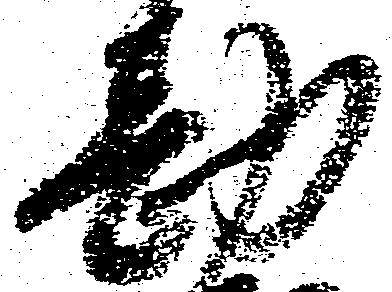
勘